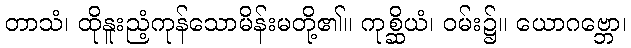
တာသံ၊ ထိုနူးညံ့ကုန်သောမိန်းမတို့၏။ ကုစ္ဆိယံ၊ ဝမ်း၌။ ယောဂဗ္ဘော၊